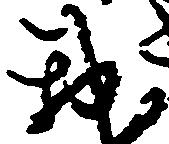
我